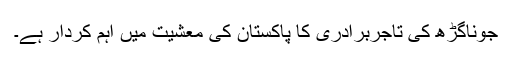
جوناگڑھ کی تاجربرادری کا پاکستان کی معشیت میں اہم کردار ہے۔